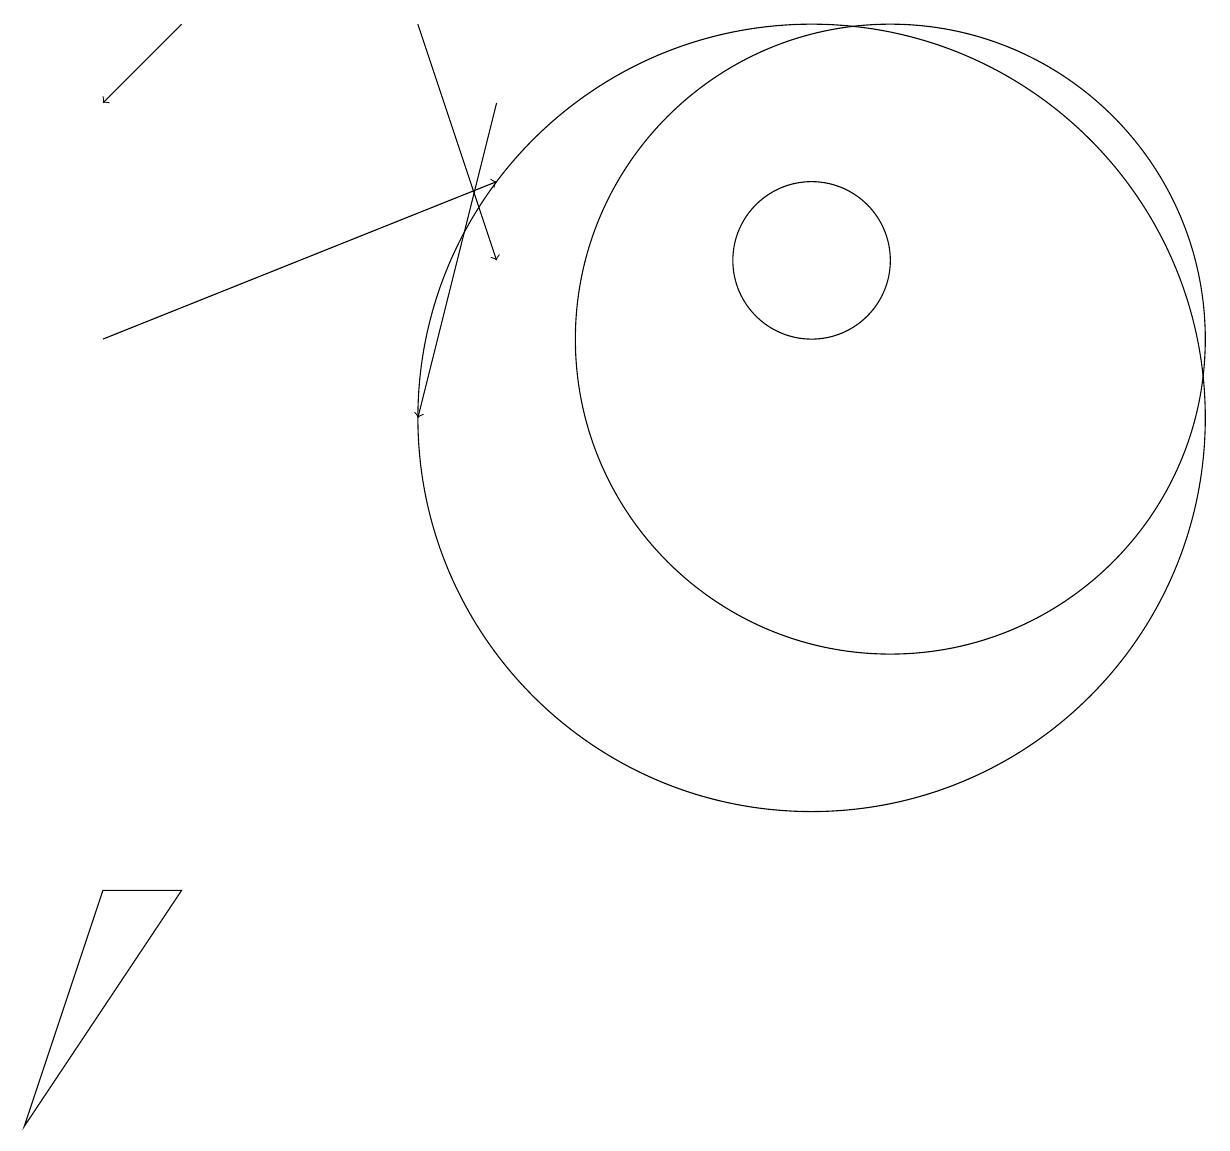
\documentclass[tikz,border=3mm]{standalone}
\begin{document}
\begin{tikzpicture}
\draw (2,4) -- (0,1) -- (1,4) -- cycle;
\draw[->] (1,11) -- (6,13);
\draw (11,11) circle (4);
\draw[->] (5,15) -- (6,12);
\draw[->] (6,14) -- (5,10);
\draw[->] (2,15) -- (1,14);
\draw (10,12) circle (1);
\draw (10,10) circle (5);
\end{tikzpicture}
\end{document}